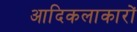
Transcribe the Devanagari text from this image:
आदिकलाकारों